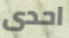
احدى